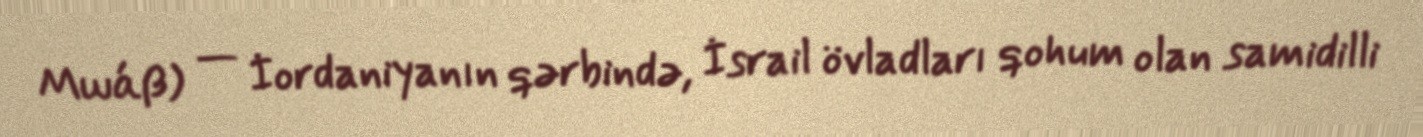
Μωάβ) — İordaniyanın qərbində, İsrail övladları qohum olan samidilli